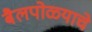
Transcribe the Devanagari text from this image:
बैलपोळ्याचे